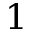
1